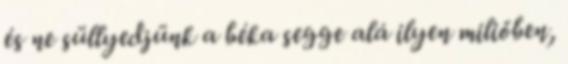
és ne süllyedjünk a béka segge alá ilyen miliőben,